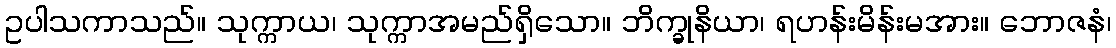
ဥပါသကာသည်။ သုက္ကာယ၊ သုက္ကာအမည်ရှိသော။ ဘိက္ခုနိယာ၊ ရဟန်းမိန်းမအား။ ဘောဇနံ၊